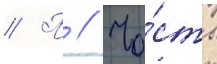
// П // Ча́сть